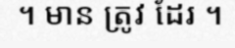
។ មាន ត្រូវ ដែរ ។